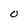
Character: O